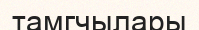
тамгчылары